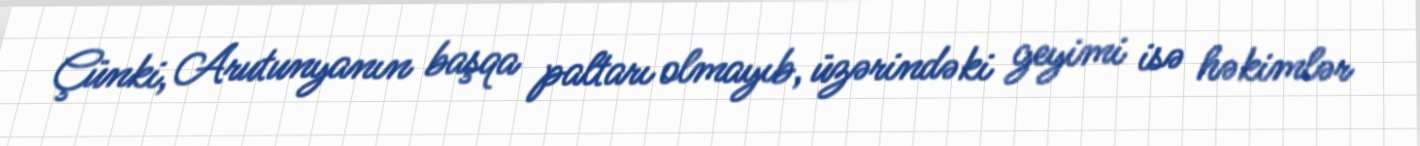
Çünki, Arutunyanın başqa paltarı olmayıb, üzərindəki geyimi isə həkimlər